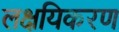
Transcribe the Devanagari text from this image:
लक्षयिकरण